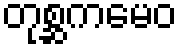
တုစ္ဆကမေဝ